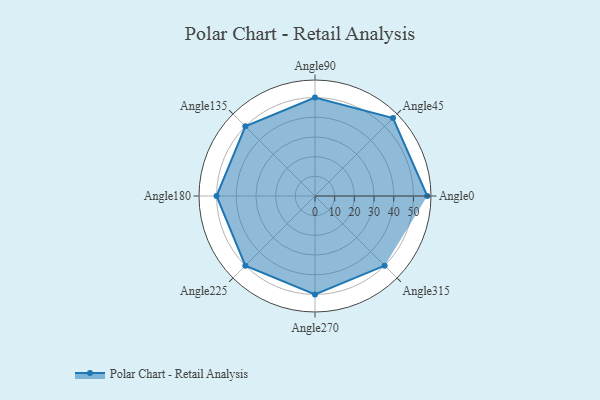
{"axis": {"x": "Angle", "y": "Radius"}, "legend": [""], "data": [{"x": "Angle0", "y": 57.0, "type": ""}, {"x": "Angle45", "y": 56.0, "type": ""}, {"x": "Angle90", "y": 50, "type": ""}, {"x": "Angle135", "y": 50, "type": ""}, {"x": "Angle180", "y": 50, "type": ""}, {"x": "Angle225", "y": 50, "type": ""}, {"x": "Angle270", "y": 50, "type": ""}, {"x": "Angle315", "y": 50, "type": ""}]}